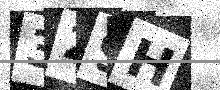
Text: 329H